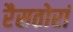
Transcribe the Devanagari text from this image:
रैसतोरां